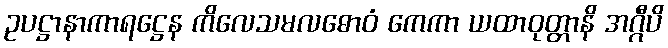
ဥပဋ္ဌာနာကာရဋ္ဌေန ကိလေသမလဓောဝံ ကေကာ ယထာဝုတ္တာနိ အဂ္ဂီပိ